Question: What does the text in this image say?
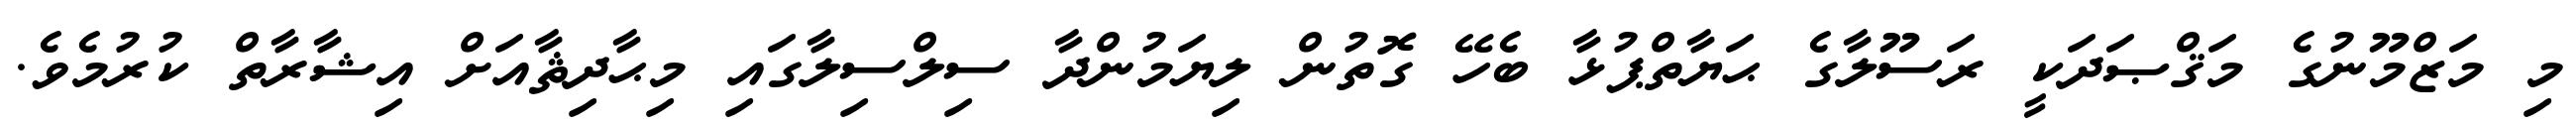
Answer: މި މަޒްމޫނުގެ މަޤްޞަދަކީ ރަސޫލާގެ ޙަޔާތްޕުޅާ ބެހޭ ގޮތުން ލިޔަމުންދާ ސިލްސިލާގައި މިޙާދިޘާއަށް އިޝާރާތް ކުރުމެވެ.